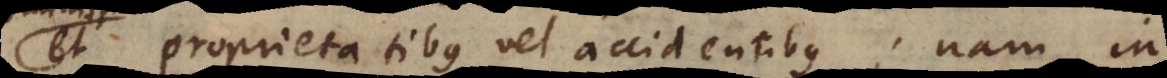
et proprietatibus vel accidentibus; nam in